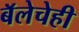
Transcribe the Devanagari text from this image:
बॅलेचेही